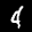
Digit: 4